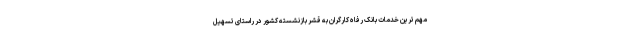
مهم ترین خدمات بانک رفاه کارگران به قشر بازنشسته کشور در راستای تسهیل